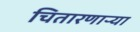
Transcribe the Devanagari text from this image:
चितारणाऱ्या